Punjab Mental Hospital Lahore 1932-46 - 1932-1946
Year: 1932
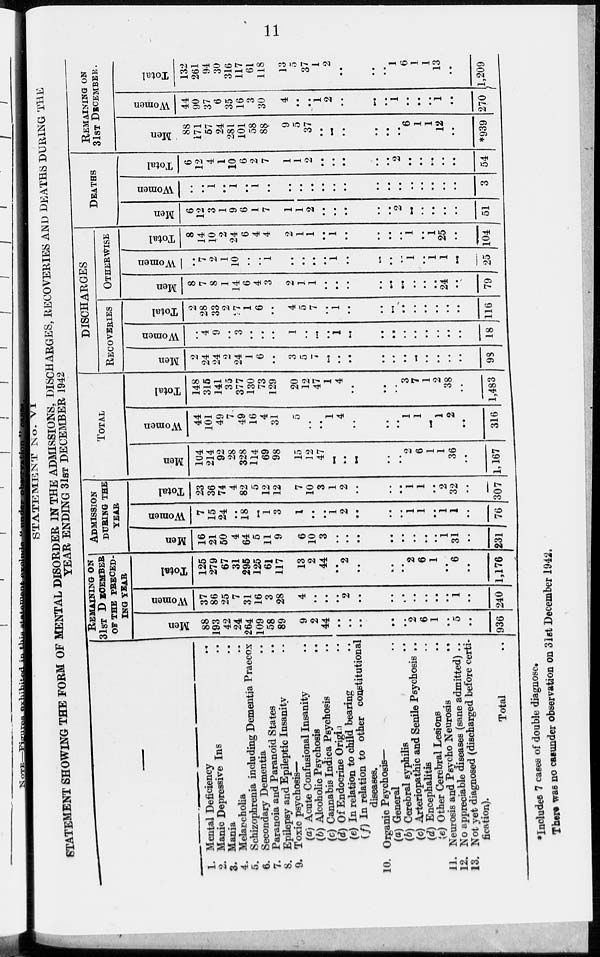
11
STATEMENT No. VI
STATEMENT SHOWING THE FORM OF MENTAL DISORDER IN THE ADMISSIONS, DISCHARGES, RECOVERIES AND DEATHS DURING THE
YEAR ENDING 31ST DECEMBER 1942
—
1. Mental Deficiency ..
2. Manic Depressive Ins ..
3. Mania ..
4. Melancholia ..
5. Schizophrenia including Dementia Praecox
6. Secondary Dementia ..
7. Paranoia and Paranoid States ..
8. Epilepsy and Epileptic Insanity ..
9. Toxic psychosis—
(a) Acute Confusional Insanity ..
(b) Alcoholic Psychosis ..
(c) Cannabis Indica Psychosis ..
(d) Of Endocrine Origin ..
(e) In relation to child bearing ..
(f) In relation to other constitutional
diseases.
10. Organic Psychosis—
(a) General ..
(b) Cerebral syphilis ..
(c) Arteriopathic and Senile Psychosis ..
(d) Encephalitis ..
(e) Other Cerebral Lesions ..
11. Neurosis and Psycho Neurosis
..
12. No appreciable diseases (sane admitted) ..
13. Not yet diagnosed (discharged before certi-
fication).
Total
..
REMAINING ON
31ST DECEMBER
OF THE PRECED-
ING YEAR
Men
88
193
42
24
264
109
58
89
9
2
44
..
..
..
..
..
2
6
1
..
5
..
936
Women
37
86
25
7
31
16
3
28
4
..
..
..
2
..
..
..
..
..
..
..
1
..
240
Total
125
279
67
31
295
125
61
117
13
2
44
..
2
..
..
..
2
6
1
..
6
..
1,176
ADMISSIN
DURING THE
YEAR
Men
16
21
50
4
64
5
11
9
6
10
3
..
..
..
..
..
..
..
..
1
31
..
231
Women
7
15
24
..
18
..
1
3
1
..
..
1
2
..
..
..
1
1
..
1
1
..
76
Total
23
36
74
4
82
5
12
12
7
10
3
1
2
..
..
..
1
1
..
2
32
..
307
TOTAL
Men
104
214
92
28
328
114
69
98
15
12
47
..
..
..
..
..
2
6
1
1
36
..
1,167
Women
44
101
49
7
49
16
4
31
5
..
..
1
4
..
..
..
1
1
..
1
2
..
316
Total
148
315
141
35
377
130
73
129
20
12
47
1
4
..
..
..
3
7
1
2
38
..
1,483
DISCHARGES
RECOVERIES
Men
2
24
24
2
24
1
6
..
3
5
7
..
..
..
..
..
..
..
..
..
..
..
98
Women
..
4
9
..
3
..
..
..
1
..
..
..
1
..
..
..
..
..
..
..
..
..
18
Total
2
28
33
2
27
1
6
..
4
5
7
..
1
..
..
..
..
..
..
..
..
..
116
OTHERWISE
Men
8
7
8
1
14
6
4
3
2
1
1
..
..
..
..
..
..
..
..
..
24
..
79
Women
..
7
2
1
10
..
..
1
..
..
..
..
1
..
..
..
..
1
..
1
1
..
25
Total
8
14
10
2
24
6
4
4
2
1
1
..
1
..
..
..
..
1
..
1
25
..
104
DEATHS
Men
6
12
3
1
9
6
1
7
1
1
2
..
..
..
..
..
2
..
..
..
..
..
51
Women
..
..
1
..
1
..
1
..
..
..
..
..
..
..
..
..
..
..
..
..
..
..
3
Total
6
12
4
1
10
6
2
7
1
1
2
..
..
..
..
..
2
..
..
..
..
..
54
REMAINING ON
31ST DECEMBER.
Men
88
171
57
24
281
101
58
88
9
5
37
..
..
..
..
..
..
6
1
1
12
..
*939
Women
44
90
37
6
35
16
3
30
4
..
..
1
2
..
..
..
1
..
..
..
1
..
270
Total
132
261
94
30
316
117
61
118
13
5
37
1
2
..
..
..
1
6
1
1
13
..
1,209
*Includes 7 cases of double diagnose.
There was no casunder observation on 31st December 1942.